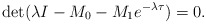
\begin{align*}\det(\lambda I-M_0-M_1 e^{-\lambda\tau})=0.\end{align*}